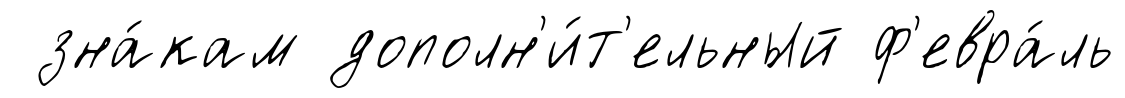
зна́кам дополн'и́т'ельный ф'евра́ль